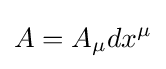
A=A_{\mu }dx^{\mu }